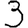
Digit: 3